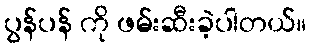
ပွန်ပန် ကို ဖမ်းဆီးခဲ့ပါတယ်။